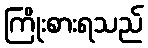
ကြိုးစားရသည်